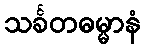
သင်္ခတဓမ္မာနံ